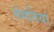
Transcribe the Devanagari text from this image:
संगतियां